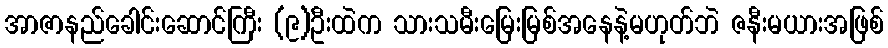
အာဇာနည်ခေါင်းဆောင်ကြီး (၉)ဦးထဲက သားသမီးမြေးမြစ်အနေနဲ့မဟုတ်ဘဲ ဇနီးမယားအဖြစ်